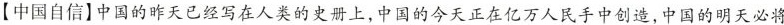
【中国自信】中国的昨天已经写在人类的史册上，中国的今天正在亿万人民手中创造，中国的明天必将